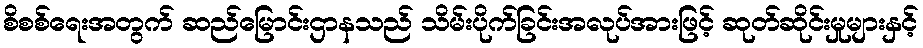
စိစစ်ရေးအတွက် ဆည်မြောင်းဌာနသည် သိမ်းပိုက်ခြင်းအလုပ်အားဖြင့် ဆုတ်ဆိုင်းမှုများနှင့်